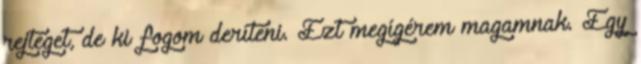
rejteget, de ki fogom deríteni. Ezt megígérem magamnak. Egy